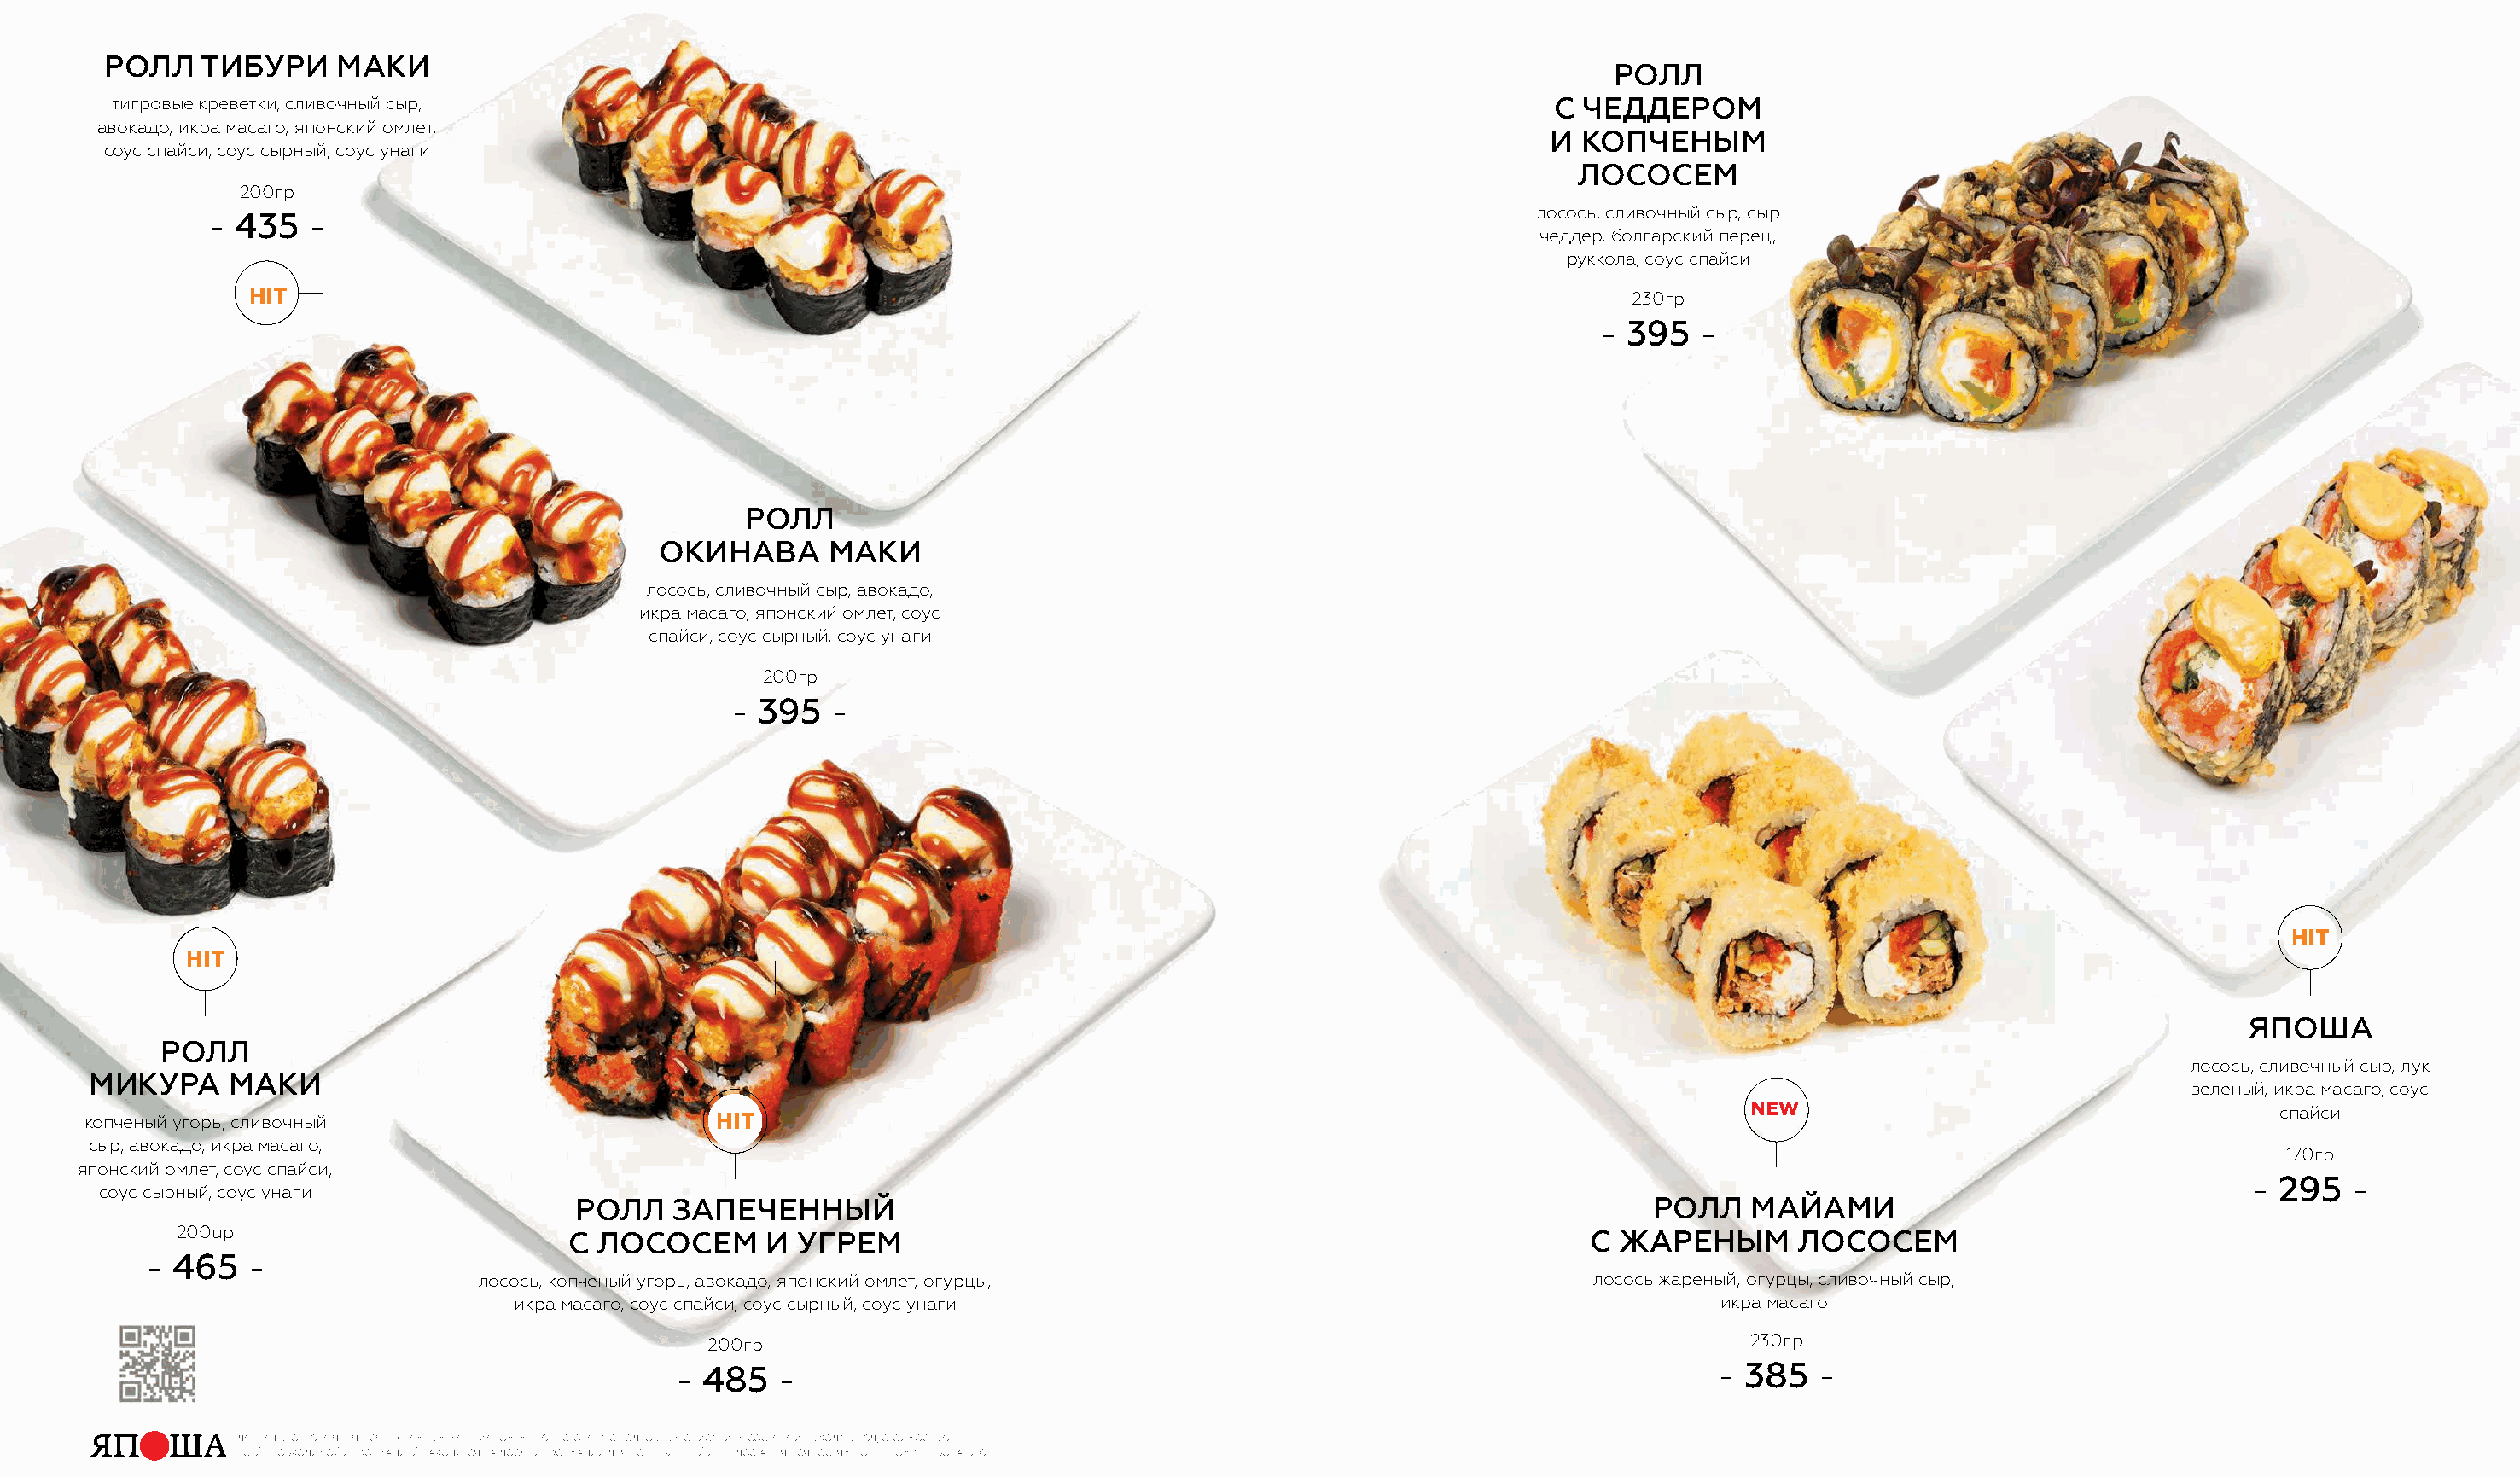
ролл    тибури    маки
 ролл
 тигровые креветки, сливочный сыр,                                                                               с чеддером
 авокадо, икра масаго, японский омлет,
 и  копченым
 соус спайси, соус сырный, соус унаги
 лососем
 200гр
 лосось, сливочный сыр, сыр
 - 435   -
 чеддер, болгарский перец,
 руккола, соус спайси
 Hit                                                                                                         230гр
 - 395   -
 ролл
 окинава      маки
 лосось, сливочный сыр, авокадо,
 икра масаго, японский омлет, соус
 спайси, соус сырный, соус унаги
 200гр
 - 395   -
 Hit
 Hit
 япоша
 ролл
 лосось, сливочный сыр, лук
 микура     маки
 зеленый, икра масаго, соус
 new                                      спайси
 копченый угорь, сливочный                        Hit
 сыр, авокадо, икра масаго,
 170гр
 японский омлет, соус спайси,
 - 295  -
 соус сырный, соус унаги
 ролл   запеченный                                                                  ролл    майами
 200uр                         с лососем      и  угрем                                                        с  жареным      лососем
 - 465   -
 лосось, копченый угорь, авокадо, японский омлет, огурцы,                               лосось жареный, огурцы, сливочный сыр,
 икра масаго, соус спайси, соус сырный, соус унаги                                            икра масаго
 200гр                                                                            230гр
 - 485   -                                                                        - 385   -
 Данная брошюра является рекламным материалом. меню ресторана с поДробным описанием состава и выхоДа блюД, стоимостью
 всей необхоДимой информацией нахоДится на Доске информации Для потребителей и преДоставляется гостям по первому требованию